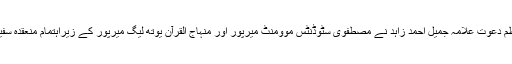
ان خیالات کا اظہار تحریک منہاج القرآن انٹرنیشنل کے مرکزی ناظم دعوت علامہ جمیل احمد زاہد نے مصطفوی سٹوڈنٹس موومنٹ میرپور اور منہاج القرآن یوتھ لیگ میرپور کے زیراہتمام منعقدہ سفیر امن کانفرنس کے سینکڑوں شرکاء سے خطاب کرتے ہوئے کیا۔